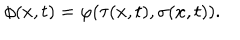
\phi ( x , t ) = \varphi ( \tau ( x , t ) , \sigma ( x , t ) ) .